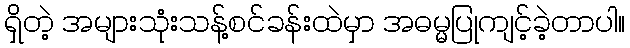
ရှိတဲ့ အများသုံးသန့်စင်ခန်းထဲမှာ အဓမ္မပြုကျင့်ခဲ့တာပါ။